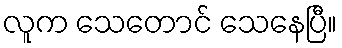
လူက သေတောင် သေနေပြီ။